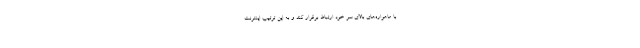
با ماهواره‌های بالای سر خود ارتباط برقرار کند و به این ترتیب اینترنت